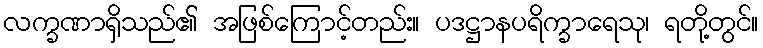
လက္ခဏာရှိသည်၏ အဖြစ်ကြောင့်တည်း။ ပဒဋ္ဌာနပရိက္ခာရေသု၊ ရတို့တွင်။